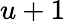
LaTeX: u+1